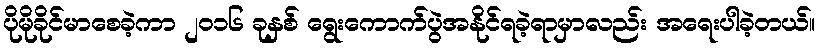
ပိုမိုခိုင်မာစေခဲ့ကာ ၂၀၁၆ ခုနှစ် ရွေးကောက်ပွဲအနိုင်ရခဲ့ရာမှာလည်း အရေးပါခဲ့တယ်။